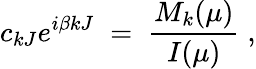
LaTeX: c_{kJ}e^{i\beta kJ}\; =\; \frac{M_{k}(\mu)}{I(\mu)}\; ,